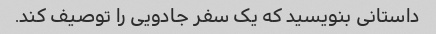
داستانی بنویسید که یک سفر جادویی را توصیف کند.